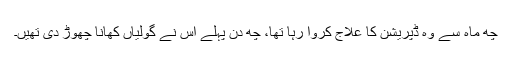
چھ ماہ سے وہ ڈپریشن کا علاج کروا رہا تھا، چھ دن پہلے اس نے گولیاں کھانا چھوڑ دی تھیں۔